Vaccination in Burma 1900-1911 - 1900-1911
Year: 1900
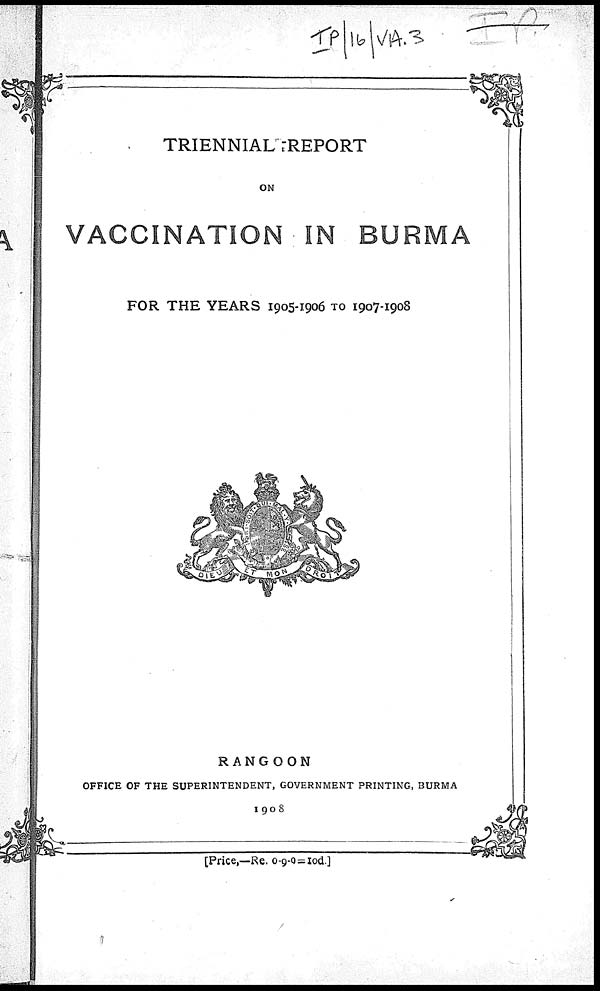
TRIENNIAL REPORT
ON
VACCINATION IN BURMA
FOR THE YEARS 1905-1906 TO 1907-1908
RANGOON
OFFICE OF THE SUPERINTENDENT, GOVERNMENT PRINTING, BURMA
1908
[Price,—Re. 0-9-0=10d.]